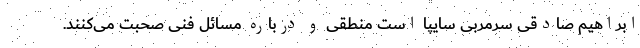
ابراهیم صادقی سرمربی سایپا است منطقی و درباره مسائل فنی صحبت می‌کنند.